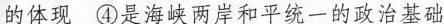
的体现 ④是海峡两岸和平统一的政治基础